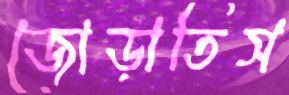
জোড়াতিস